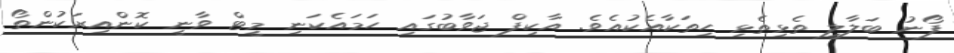
ފޯނު ބަލާލީ ތެޅިތެޅި ހިތަކާއެކުއެވެ. އާކިފް ޖަވާބުގައި ހަމައެކަނި މީޓް ވާނީ ކޮންއިރަކުންތޯ